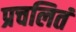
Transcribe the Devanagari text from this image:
प्रचलितं